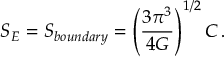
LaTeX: S _ { E } = S _ { b o u n d a r y } = \left( { \frac { 3 \pi ^ { 3 } } { 4 G } } \right) ^ { 1 / 2 } C \, .